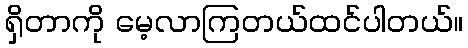
ရှိတာကို မေ့လာကြတယ်ထင်ပါတယ်။